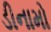
ડીનામો